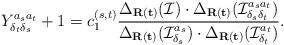
LaTeX: \begin{align*} Y_{\delta_{t}\delta_{s}}^{a_{s}a_{t}}+1=c_{1}^{(s,t)}\frac{\Delta_{\mathbf{R}(\mathbf{t})}(\mathcal{I})\cdot\Delta_{\mathbf{R}(\mathbf{t})}(\mathcal{I}_{\delta_{s}\delta_{t}}^{a_{s}a_{t}})}{\Delta_{\mathbf{R}(\mathbf{t})}(\mathcal{I}_{\delta_{s}}^{a_{s}})\cdot\Delta_{\mathbf{R}(\mathbf{t})}(\mathcal{I}_{\delta_{t}}^{a_{t}})}. \end{align*}